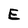
Character: E